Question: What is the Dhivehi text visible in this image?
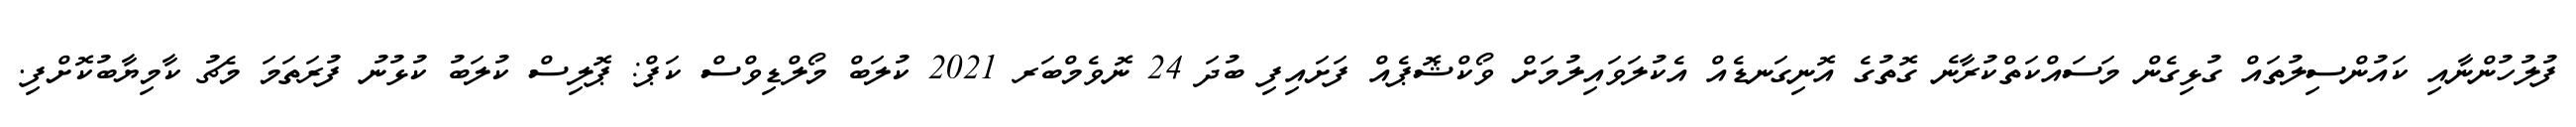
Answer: ފުލުހުންނާއި ކައުންސިލުތައް ގުޅިގެން މަސައްކަތްކުރާނެ ގޮތުގެ އޮނިގަނޑެއް އެކުލަވައިލުމަށް ވޯކްޝޮޕެއް ފަށައިފި ބުދަ 24 ނޮވެމްބަރ 2021 ކުލަބް މޯލްޑިވްސް ކަޕް: ޕޮލިސް ކުލަބު ކުޅުނު ފުރަތަމަ މެޗު ކާމިޔާބުކޮށްފި.